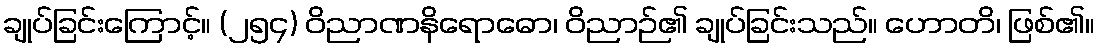
ချုပ်ခြင်းကြောင့်။ (၂၅၄) ဝိညာဏနိရောဓော၊ ဝိညာဉ်၏ ချုပ်ခြင်းသည်။ ဟောတိ၊ ဖြစ်၏။